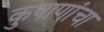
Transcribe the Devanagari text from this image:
कुषाणांचा